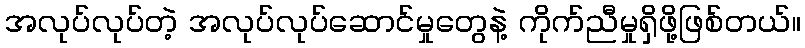
အလုပ်လုပ်တဲ့ အလုပ်လုပ်ဆောင်မှုတွေနဲ့ ကိုက်ညီမှုရှိဖို့ဖြစ်တယ်။